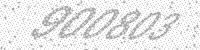
Solution: 900803